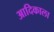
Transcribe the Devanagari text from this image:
आदिकाला